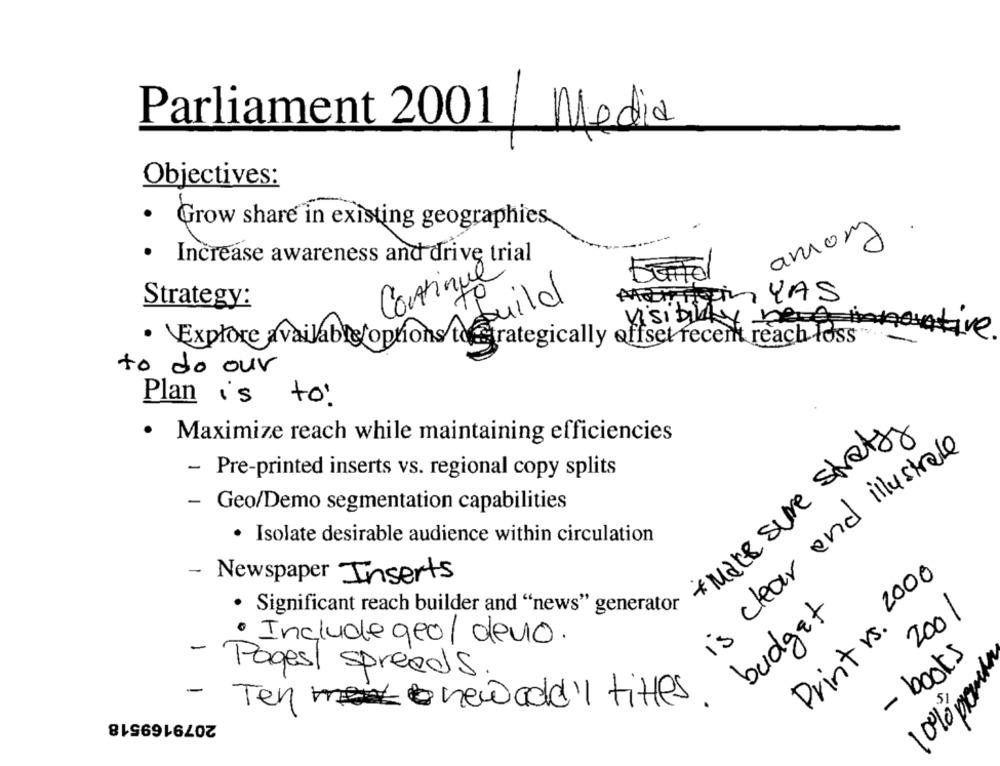
Parliament 2001 Media
Objectives:
.
Grow share in existing geographies
amon
.
Increase awareness and drive trial
Continue
MUTATION YAS
Strategy:
build
visibility tive.
· \Explore available options tostrategically offset recent reach foss'
-
to do our
Plan is to:
* Make sure straty
· Maximize reach while maintaining efficiencies
is clear and illustrate
- Pre-printed inserts vs. regional copy splits
- Geo/Demo segmentation capabilities
· Isolate desirable audience within circulation
-
Print rs. 2000
Newspaper Inserts
· Significant reach builder and "news" generator
budget
2001
· Include geo/ devo.
- books
10% promete
- Pages/ spreeds
-
Ten newadd' titles
2079169518